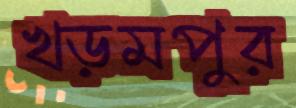
খড়মপুর